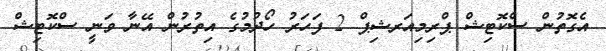
އެގޮތުން ސްކޮޓިޝް ޕްރިމިއަރޝިޕް 2 ފަހަރު ހޯދުމުގެ އިތުރުން އޭނާ ވަނީ ސްކޮޓިޝް